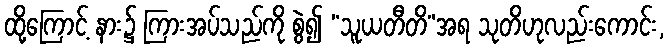
ထို့ကြောင့် နား၌ ကြားအပ်သည်ကို စွဲ၍ “သူယတီတိ”အရ သုတိဟုလည်းကောင်း,